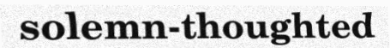
solemn-thoughted